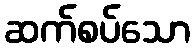
ဆက်စပ်သော